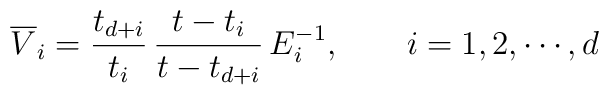
\overline{V}_{i}={\frac{t_{d+i}}{t_{i}}}\,{\frac{t-t_{i}}{t-t_{d+i}}}\,E_{i}^{-1},\qquad i=1,2,\cdots ,d